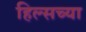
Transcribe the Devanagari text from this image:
हिल्सच्या